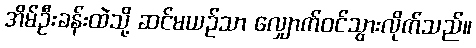
အိမ်ဦးခန်းထဲသို့ ဆင်မယဉ်သာ လျှောက်ဝင်သွားလိုက်သည်။